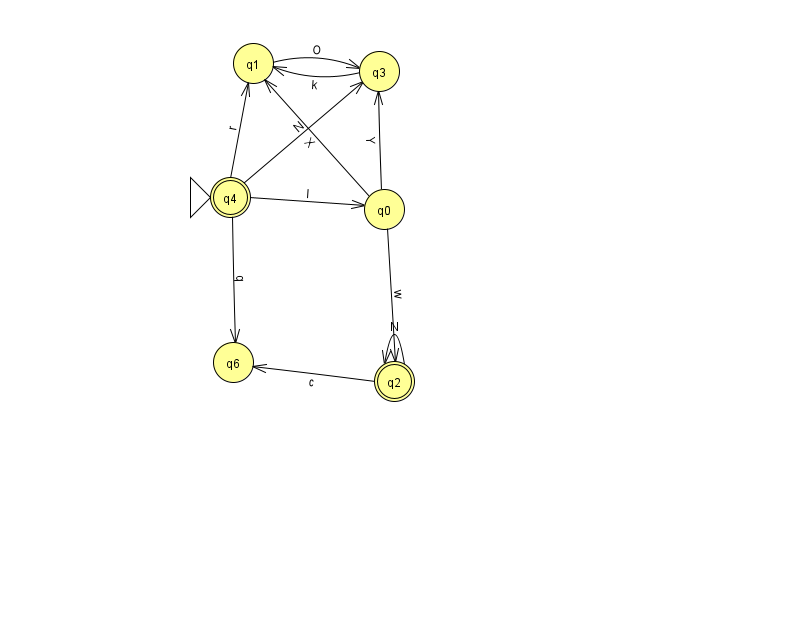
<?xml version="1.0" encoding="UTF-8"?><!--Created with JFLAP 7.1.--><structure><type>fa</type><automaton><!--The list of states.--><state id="0" name="q0"><x>384.0</x><y>196.0</y></state><state id="1" name="q1"><x>253.0</x><y>50.0</y></state><state id="2" name="q2"><x>394.0</x><y>368.0</y><final/></state><state id="3" name="q3"><x>379.0</x><y>58.0</y></state><state id="4" name="q4"><x>230.0</x><y>184.0</y><initial/><final/></state><state id="6" name="q6"><x>233.0</x><y>349.0</y></state><!--The list of transitions.--><transition><from>0</from><to>1</to><read>X</read></transition><transition><from>0</from><to>3</to><read>Y</read></transition><transition><from>4</from><to>0</to><read>l</read></transition><transition><from>0</from><to>2</to><read>w</read></transition><transition><from>2</from><to>6</to><read>c</read></transition><transition><from>4</from><to>1</to><read>r</read></transition><transition><from>3</from><to>1</to><read>k</read></transition><transition><from>4</from><to>3</to><read>N</read></transition><transition><from>4</from><to>6</to><read>q</read></transition><transition><from>1</from><to>3</to><read>O</read></transition><transition><from>2</from><to>2</to><read>N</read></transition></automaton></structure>